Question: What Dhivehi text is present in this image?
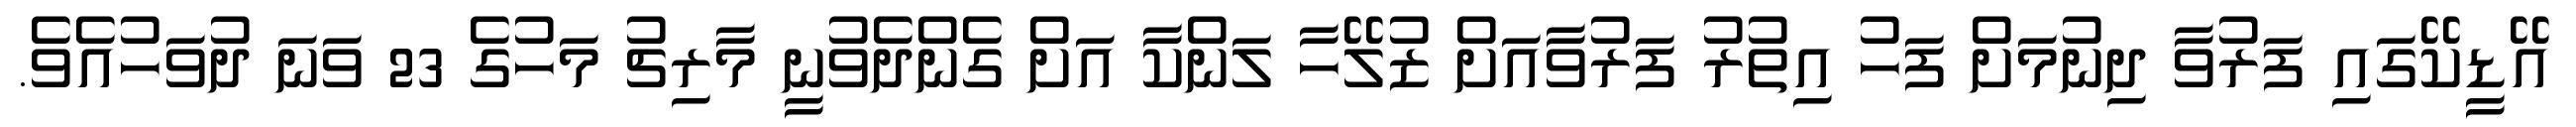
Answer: އޭޑީކޭގައި ފަރުވާ ދިނުމަށް ފަހު އިތުރު ފަރުވާއަށް ޒުލޭހާ ލަންކާ އަށް ގެންދެވުނީ މާރިޗު މަހުގެ 23 ވަނަ ދުވަހުއެވެ.